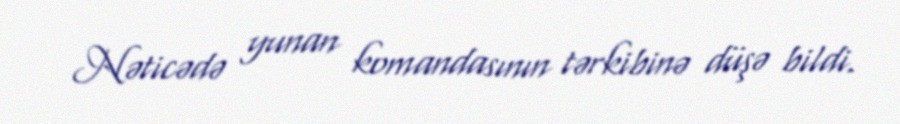
Nəticədə yunan komandasının tərkibinə düşə bildi.